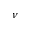
\nu